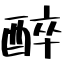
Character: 醉